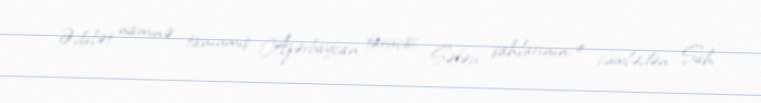
Ədalət naminə, tanınmış Azərbaycan tarixçisi, Səfəvi şahlarının, o cümlədən Şah